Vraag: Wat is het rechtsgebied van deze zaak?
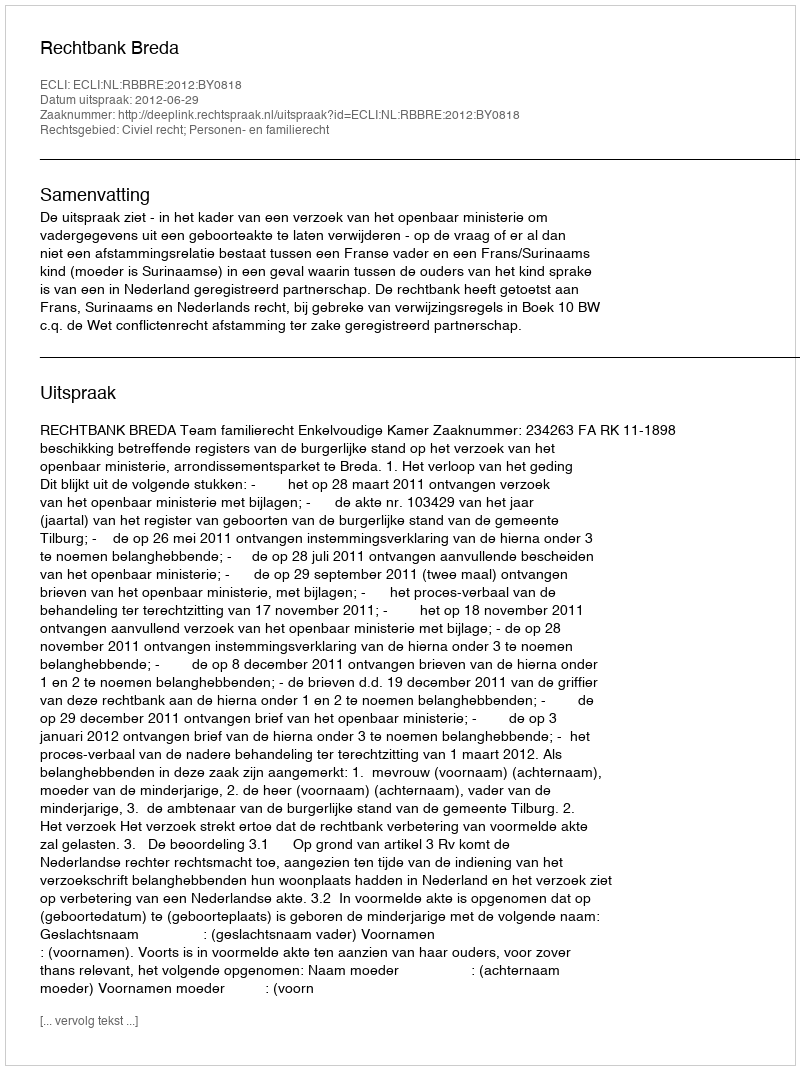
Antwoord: Civiel recht; Personen- en familierecht